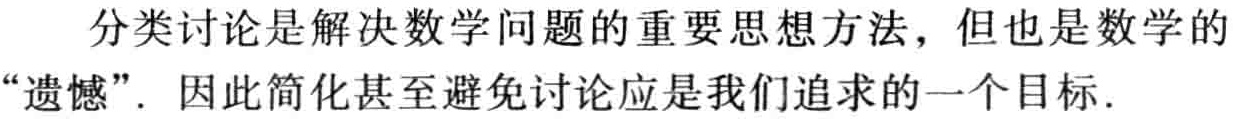
分类讨论是解决数学问题的重要思想方法，但也是数学的“遗憾”. 因此简化甚至避免讨论应是我们追求的一个目标.